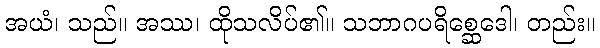
အယံ၊ သည်။ အဿ၊ ထိုသလိပ်၏။ သဘာဂပရိစ္ဆေဒေါ၊ တည်း။